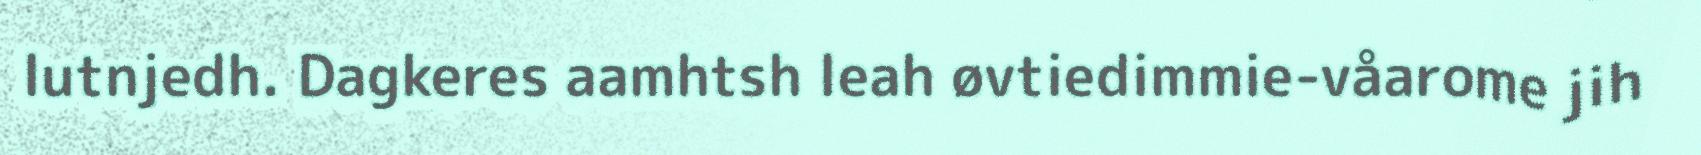
lutnjedh. Dagkeres aamhtsh leah øvtiedimmie-våarome jih